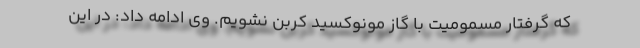
که گرفتار مسمومیت با گاز مونوکسید کربن نشویم. وی ادامه داد: در این